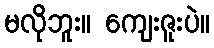
မလိုဘူး။ ကျေးဇူးပဲ။